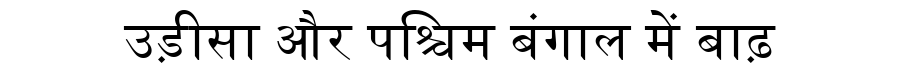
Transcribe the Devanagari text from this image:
उड़ीसा और पश्चिम बंगाल में बाढ़